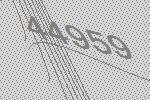
44959